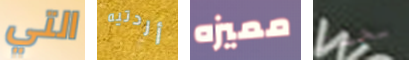
التي أردتيه مميزه بحقك